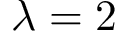
\lambda = 2